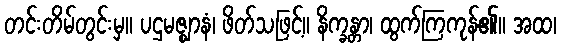
တင်းတိမ်တွင်းမှ။ ပဌမဇ္ဈာနံ၊ ဖိတ်သဖြင့်။ နိက္ခန္တာ၊ ထွက်ကြကုန်၏။ အထ၊